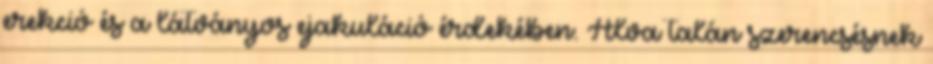
erekció és a látványos ejakuláció érdekében. Alva talán szerencsésnek